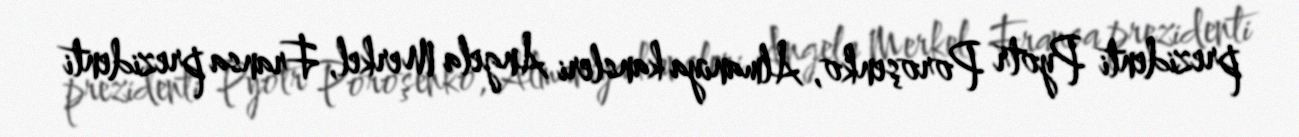
prezidenti Pyotr Poroşenko, Almaniya kansleri Angela Merkel, Fransa prezidenti